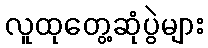
လူထုတွေ့ဆုံပွဲများ